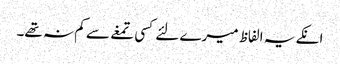
انکے یہ الفاظ میرے لئے کسی تمغے سے کم نہ تھے۔